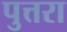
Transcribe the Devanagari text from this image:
पुत्तरा